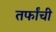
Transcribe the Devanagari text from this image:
तर्फांची